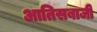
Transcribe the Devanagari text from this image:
आतिसबाजी